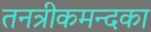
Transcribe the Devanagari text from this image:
तनत्रीकमन्दका